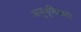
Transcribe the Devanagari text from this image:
अनुभूतिवादी